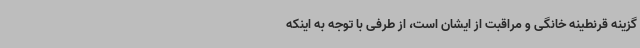
گزینه قرنطینه خانگی و مراقبت از ایشان است، از طرفی با توجه به اینکه